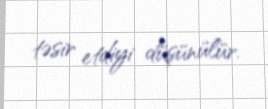
təsir etdiyi düşünülür.